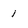
Character: 1